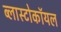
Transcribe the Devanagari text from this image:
ब्लास्टोकॉयल